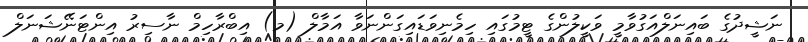
ނަޝީދުގެ ބައިނަލްއަގުވާމީ ވަކީލުންގެ ޓީމުގައި ހިމެނިވަޑައިގަންނަވާ އަމާލް (މ) އިބްރާހިމް ނާސިރު އިންޓަނޭޝަނަލް